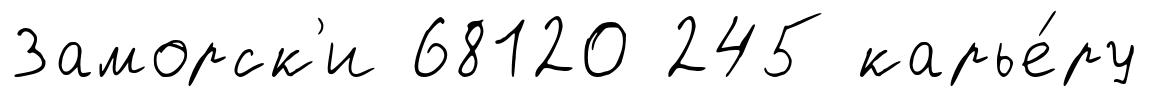
Заморск'и 68120 245 карье́ру